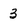
Character: 3